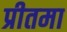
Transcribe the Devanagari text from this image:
प्रीतमा